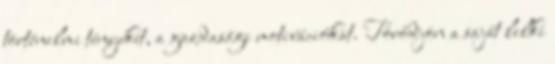
történelmi tényeket, a gazdasági motivációkat. Törődjön a saját lelki